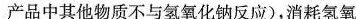
产品中其他物质不与氢氧化钠反应)，消耗氢氧